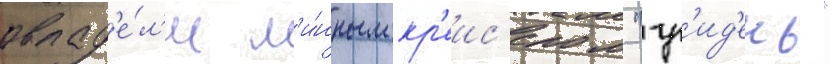
овлад'е́л'и м'и́нным кр'еис'ером "гр'ид'ень"